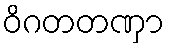
ဝိဂတတဏှာ